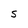
Character: S